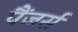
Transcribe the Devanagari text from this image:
पैंजर्स